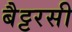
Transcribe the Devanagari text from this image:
बैट्टरसी